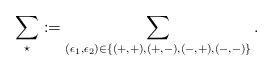
LaTeX: \begin{align*}\sum_{\star} := \sum_{(\epsilon_1,\epsilon_2) \in \{ (+,+),(+,-),(-,+),(-,-)\}} .\end{align*}